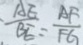
\frac { A E } { B E } = \frac { A F } { F G }